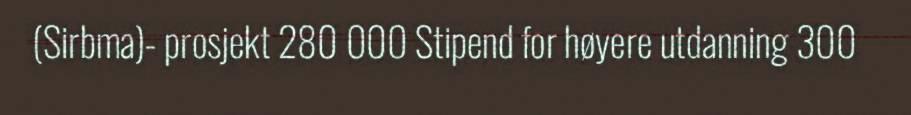
(Sirbma)- prosjekt 280 000 Stipend for høyere utdanning 300